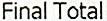
FINAL TOTAL